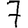
Digit: 7